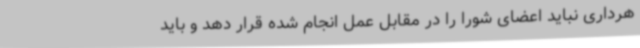
هرداری نباید اعضای شورا را در مقابل عمل انجام شده قرار دهد و باید